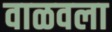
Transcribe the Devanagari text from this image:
वाळवला